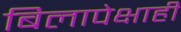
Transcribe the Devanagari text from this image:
बिलापेक्षाही